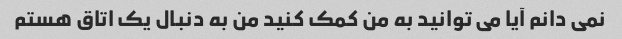
نمی دانم آیا می توانید به من کمک کنید من به دنبال یک اتاق هستم